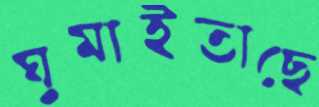
ঘুমাইতাছে